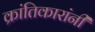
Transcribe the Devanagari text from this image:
क्रांतिकारांनी